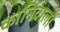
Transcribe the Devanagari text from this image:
कार्निवालों